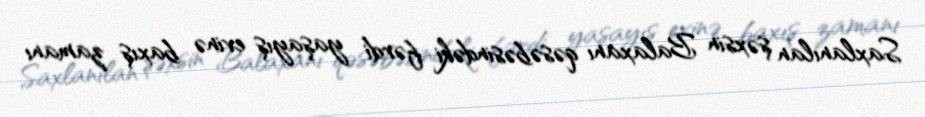
Saxlanılan şəxsin Balaxanı qəsəbəsindəki fərdi yaşayış evinə baxış zamanı